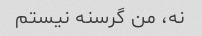
نه، من گرسنه نیستم